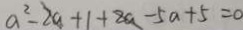
a ^ { 2 } - 2 a + 1 + 2 a - 5 a + 5 = 0